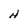
Character: H